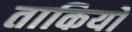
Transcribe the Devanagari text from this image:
ताकियो